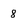
Character: 8